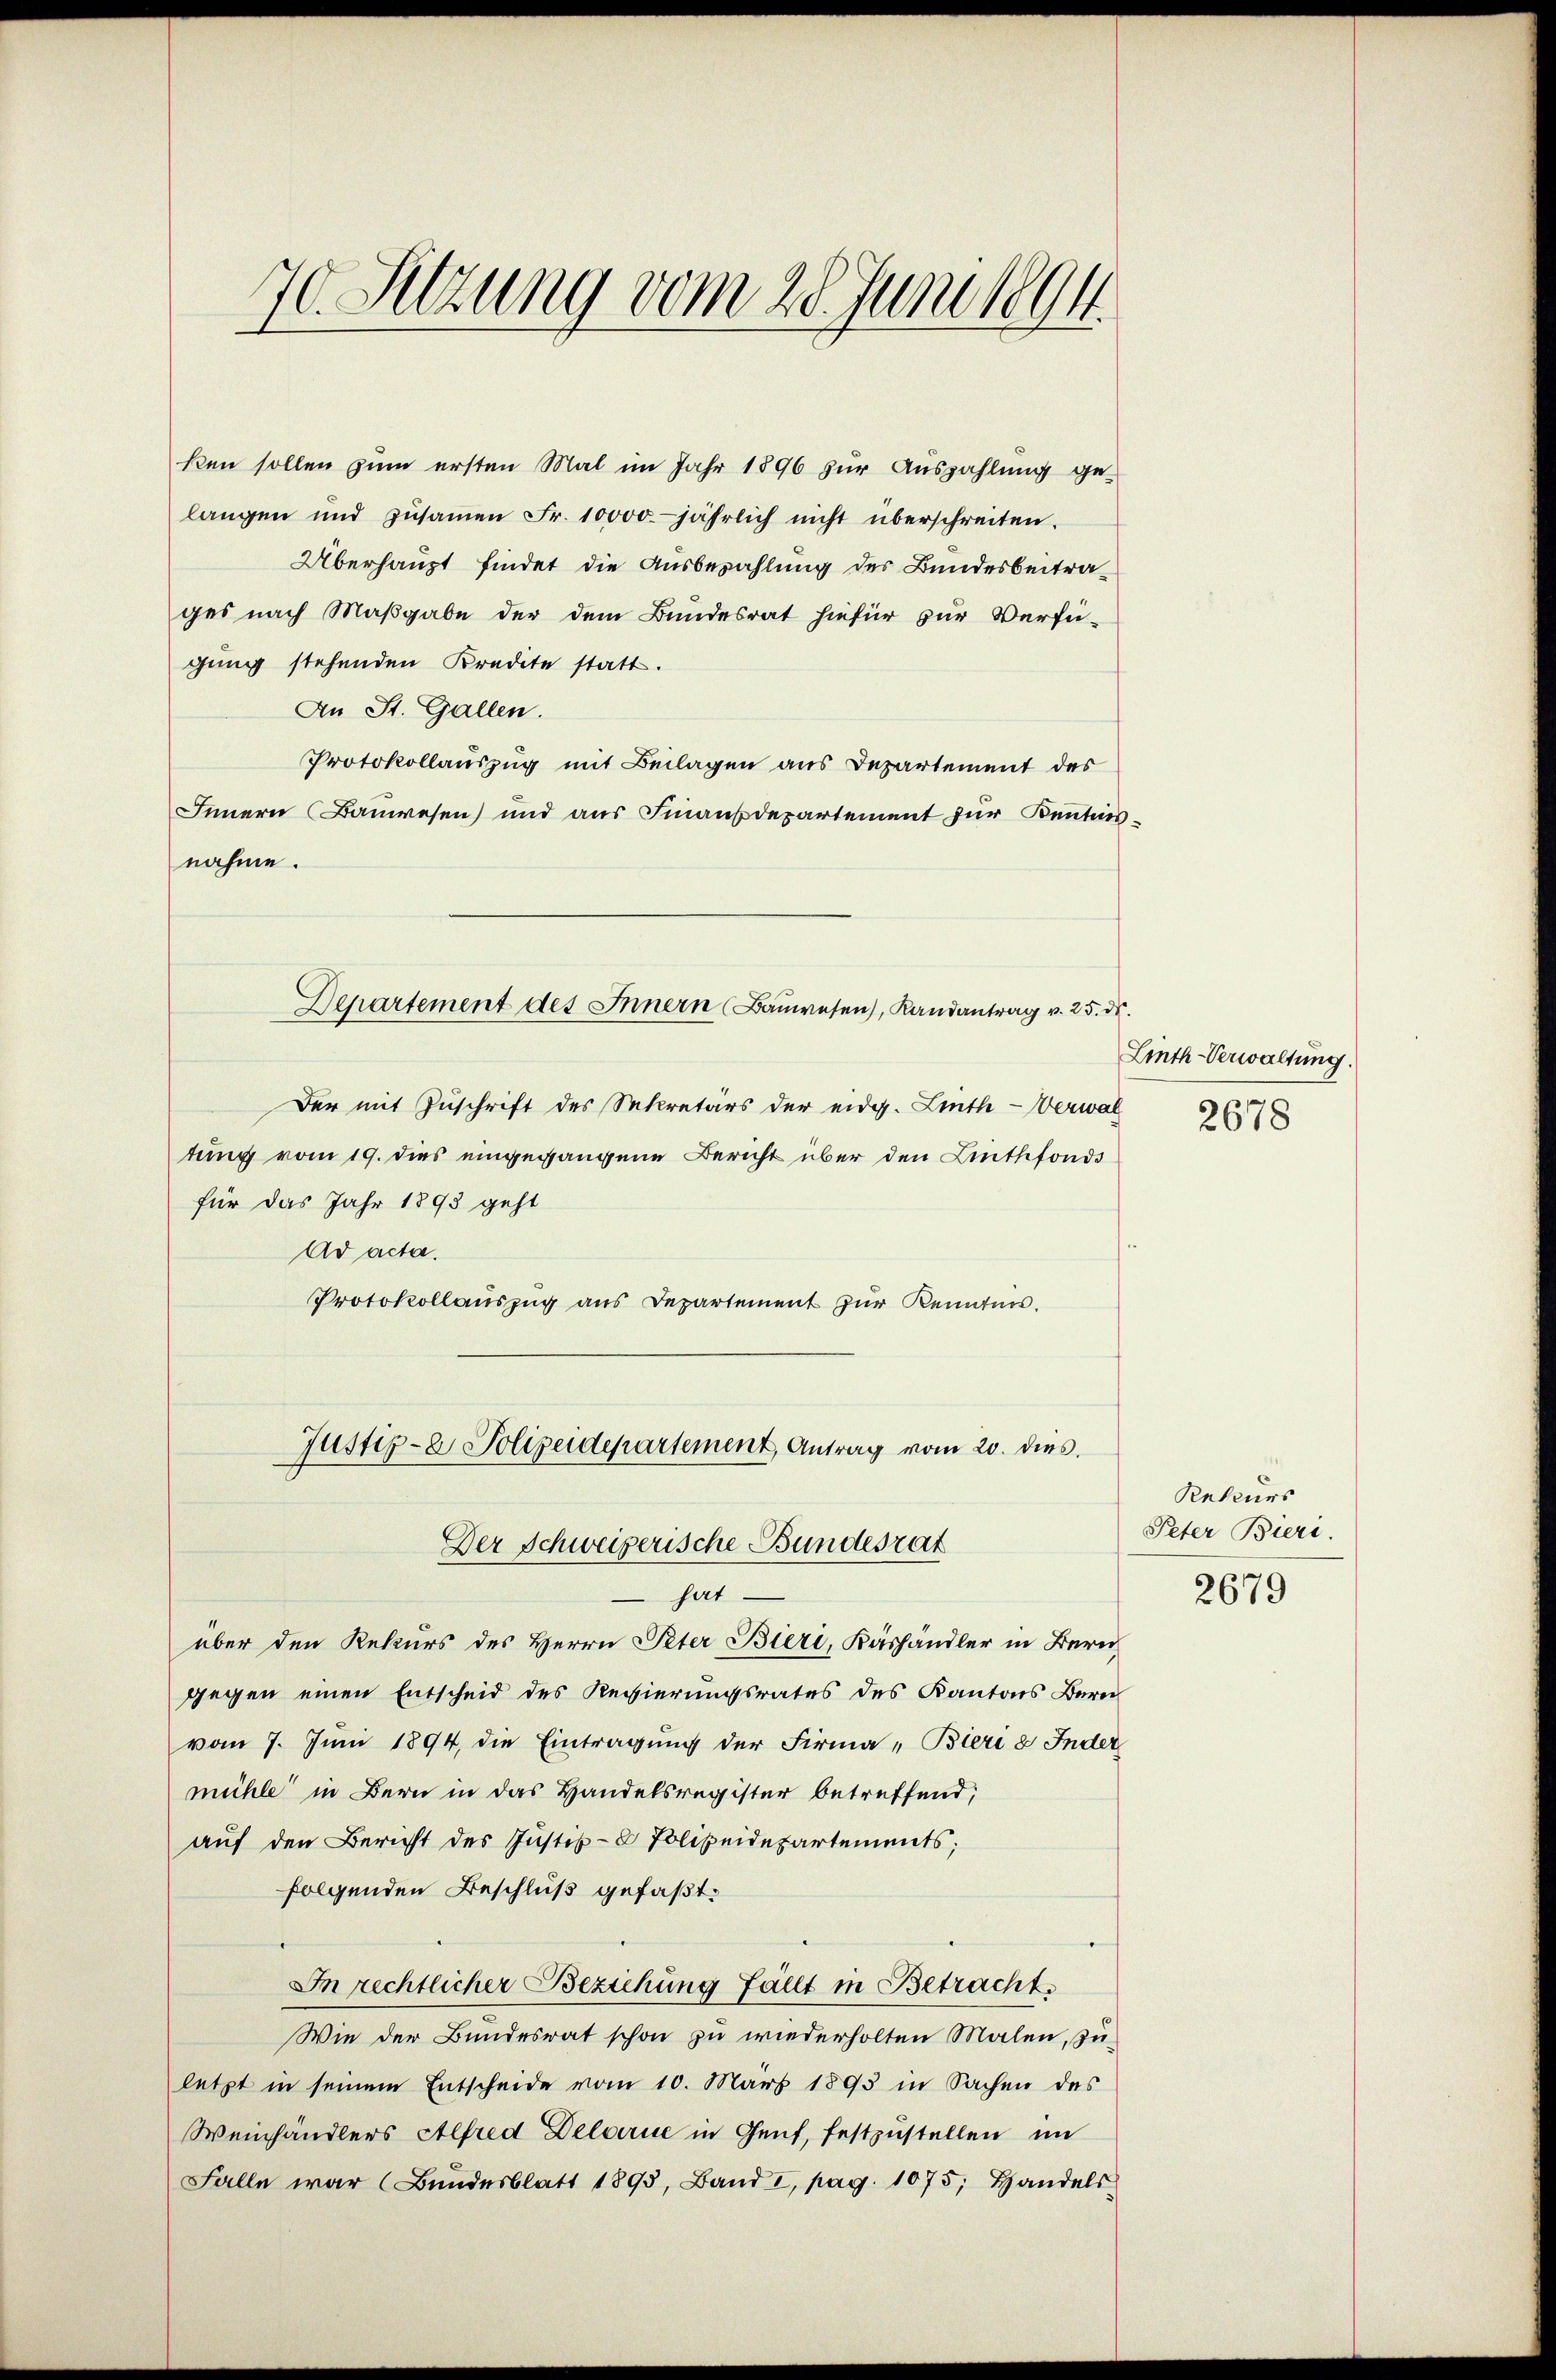
70. Sitzung vom 28. Juni 1894.

ken sollen zum ersten Mal im Jahr 1896 zur Auszahlung ge-
langen und zŭsaṁen Fr. 10000. jährlich nicht überschreiten.
Überhaupt findet die Ausbezahlung des Bundesbeitrages nach Maßgabe der dem Bundesrat hiefür zur Verfü-
gung stehenden Kredite statt.
An St. Gallen.
Protokollauszug mit Beilagen aus Departement des
Innern Bauwesen und aus Finanzdepartement zur Kenntnisnahme.
Der mit Zuschrift des Sekretärs der eidg. Linth-Verwal 5678
tung vom 19. dies eingegangene Bericht über den Linthfonds
für das Jahr 1893 geht
Ad acta.
Protokollauszug aus Departement zur Kenntnis.
Justiz- & Polizeidepartement, Antrag vom 20. dies.
Der Schweizerische Bundesrat
hat.
über den Rekurs des Herrn Peter Bieri, Käshändler in Bern
gegen einen Entscheid des Regierungsrates des Kantons Bern
vom 7. Juni 1894, die Eintragung der Firma „Bieri 8 Inder
mühle in Bern in das Handelsregister betreffend,
auf den Bericht des Justiz- & Polizeidepartements;
folgenden Beschluß gefaßt:
In rechtlicher Beziehung fällt in Betracht.
Wie der Bundesrat schon zu wiederholten Malen, zuletzt in seinem Entscheide vom 10. März 1893 in Sachen des
Weinhändlers Alfred Delarie in Genf, festzustellen im
Falle war (Bŭndesblatt 1893, Band I, pag. 1075; Handels

Departement des Innern (Baŭwesen, Randantrag v. 25. ds.

Linth-Verwaltung.

Rekurs
Peter Bieri.
2679